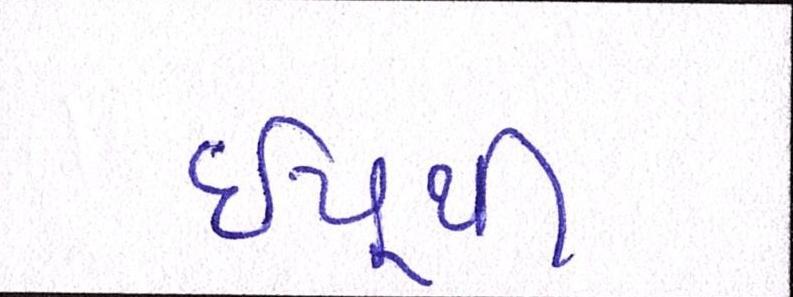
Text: ઇયુથી